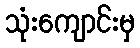
သုံးကျောင်းမှ